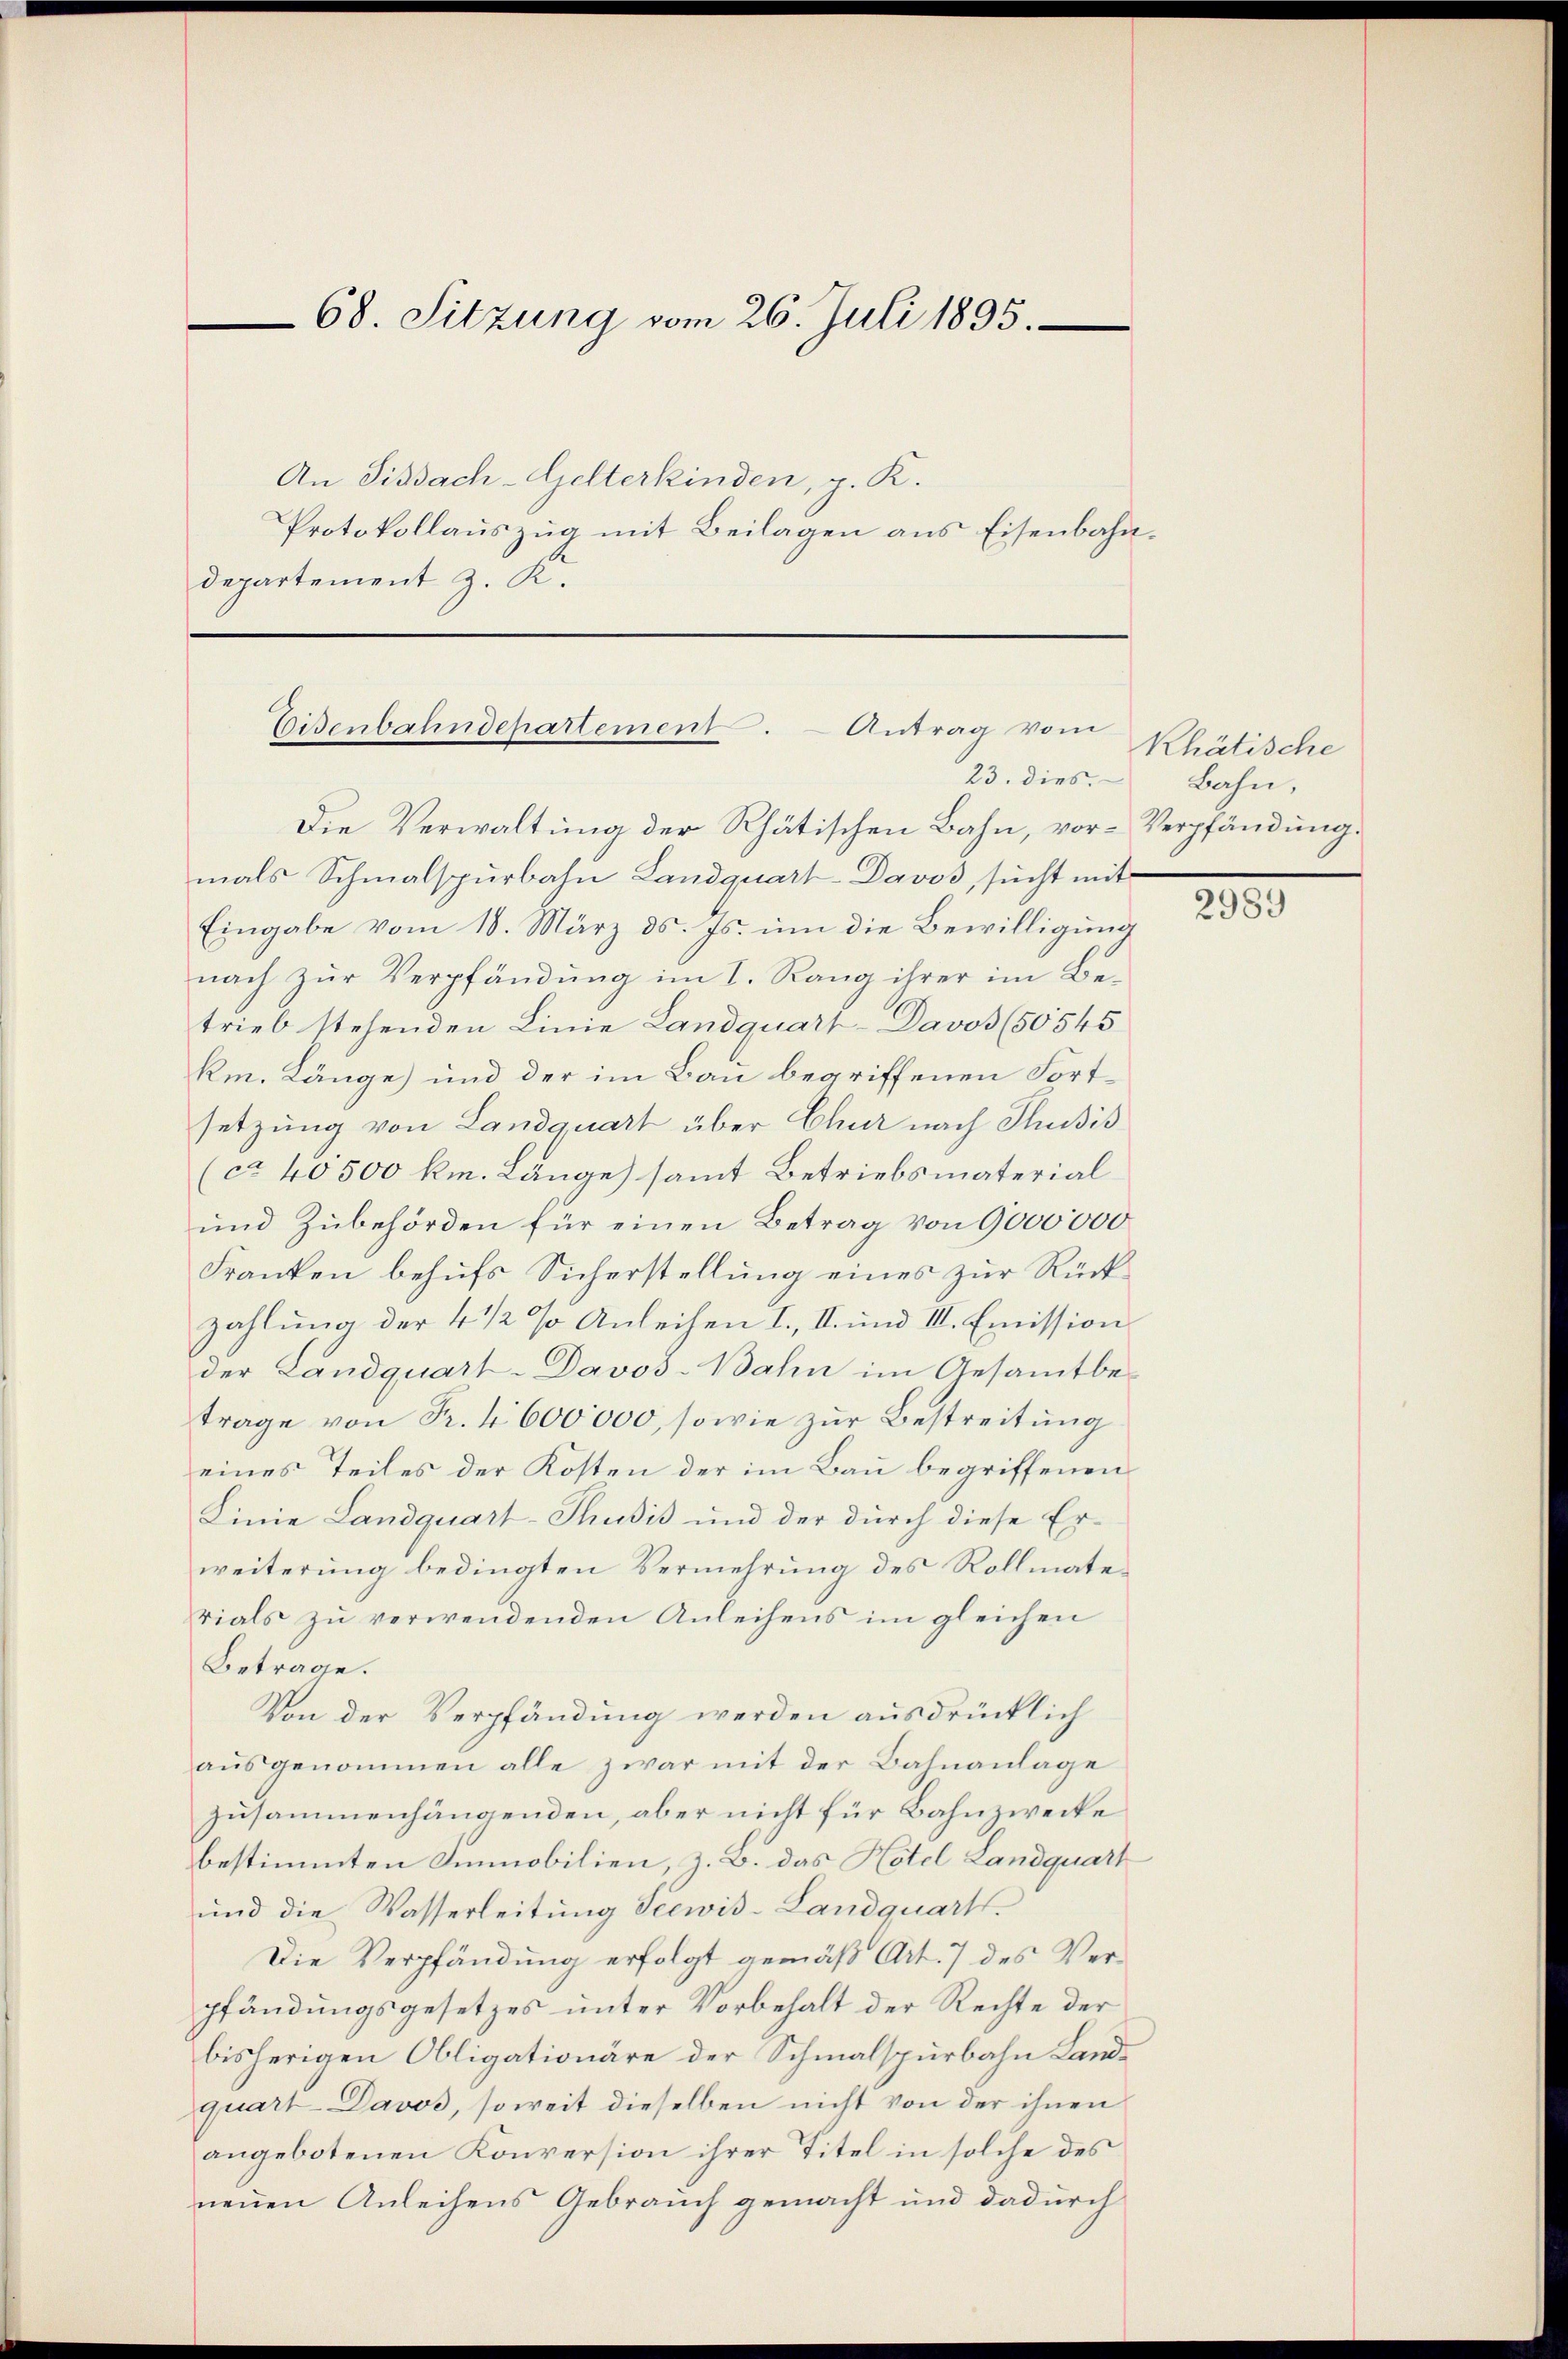
68. Sitzung vom 26. Juli 1895.

An Sissach-Gelterkinden, p. K.
Protokollauszug mit Beilagen aus Eisenbahndepartement z. R.

Eisenbahndepartement.  Antrag vom
23. dies

Die Verwaltung der Rhätischen Bahn, vor- Verpfändung.
mals Schmalspurbahn Landquart-Davos, sucht mit
Eingabe vom 18. März d. Js. um die Bewilligung
nach zur Verpfändung im I. Rang ihrer im Betrieb stehenden Linie Landquart-Davos (50545
km. Länge) und der im Bau begriffenen Fortsetzung von Landquart über Chur nach Thusis
(ca 40 500 km. Länge) samt Betriebsmaterial
und Zubehörden für einen Betrag von 9000000
Franken behufs Sicherstellung eines zur Rückzahlung der 4 1/2 % Anleihen I., II. und III. Emission
der Landquart-Davos-Bahn im Gesammtbe-
trage von Fr. 4600,000, sowie zur Bestreitung
eines Teiles der Kosten der im Bau begriffenen
Linie Landquart-Thusis und der durch diese Erweiterung bedingten Vermehrung des Rollmaterials zu verwendenden Anleihens im gleichen
Betrage.
Von der Verpfändung werden ausdrücklich
ausgenommen alle zwar mit der Bahnanlage
zusammenhängenden, aber nicht für Bahnzwecke
bestimmten Immobilien, z. B. das Hotel Landquart
und die Wasserleitung Seewis-Landquart
Die Verpfändung erfolgt gemäß Art. 7 des Verpfändungsgesetzes unter Vorbehalt der Rechte der
bisherigen Obligationäre der Schmalspurbahn Landquart-Davos, soweit dieselben nicht von der ihnen
angebotenen Konversion ihrer Titel in solche des
neuen Anleihens Gebrauch gemacht und dadurch

Rhätische
Bahn,

2989